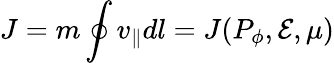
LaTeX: J=m\oint v_{\parallel}dl=J(P_{\phi},{\cal E},\mu)